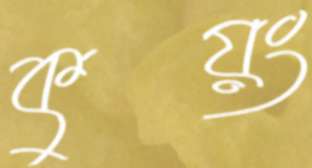
কুয়ং